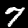
Digit: 7